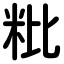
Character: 粃